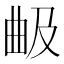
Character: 𣌵